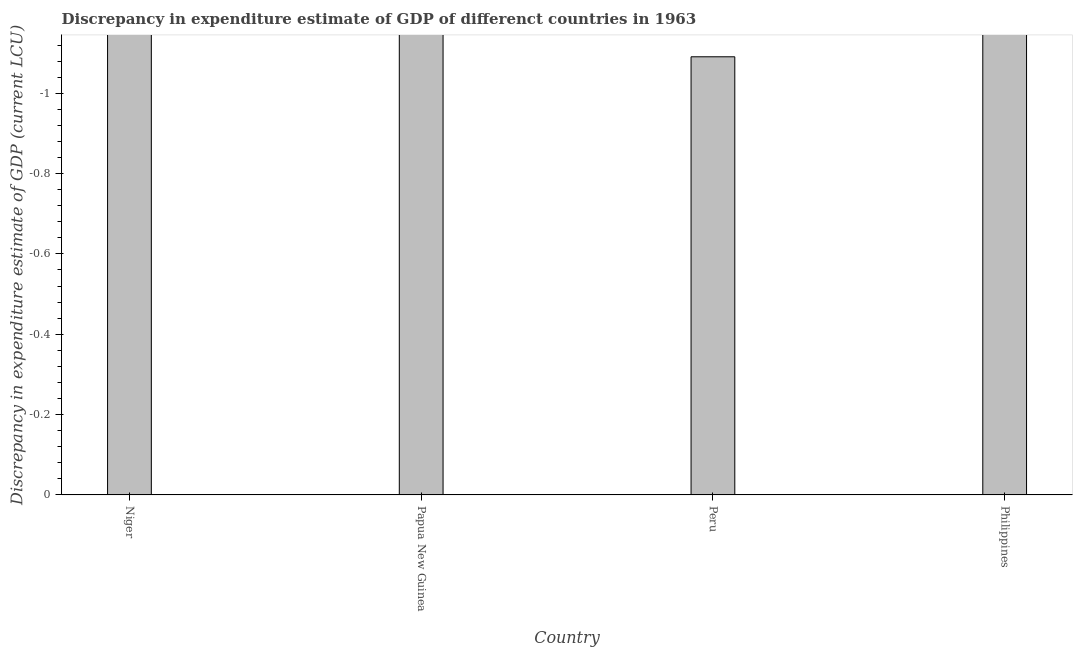
| Country | Discrepancy current LCU |
 | --- | --- |
 | Niger | -1.6e+06 |
 | Papua New Guinea | -3e+05 |
 | Peru | -1.09 |
 | Philippines | -2.49e+08 |